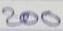
200